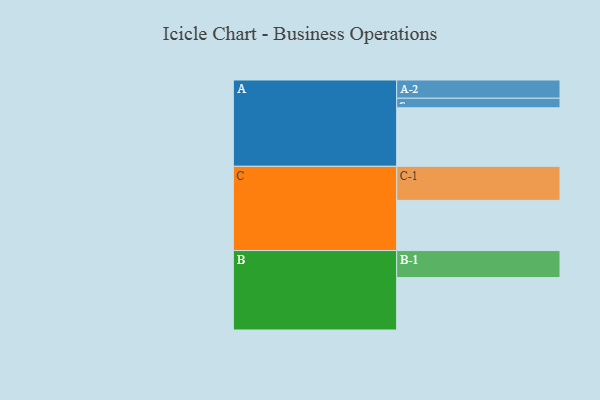
{"axis": {"x": "Segment", "y": "Value"}, "legend": ["", "A", "B", "C"], "data": [{"x": "A", "y": 366, "type": ""}, {"x": "B", "y": 328, "type": ""}, {"x": "C", "y": 314, "type": ""}, {"x": "A-1", "y": 60, "type": "A"}, {"x": "A-2", "y": 114, "type": "A"}, {"x": "B-1", "y": 169, "type": "B"}, {"x": "C-1", "y": 213, "type": "C"}]}